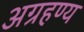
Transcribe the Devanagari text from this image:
अग्रहण्य